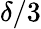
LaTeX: \delta/3